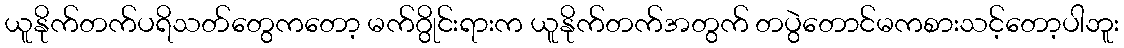
ယူနိုက်တက်ပရိသတ်တွေကတော့ မက်ဂွိုင်းရားက ယူနိုက်တက်အတွက် တပွဲတောင်မကစားသင့်တော့ပါဘူး